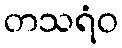
တသရံဝ